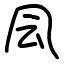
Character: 凨